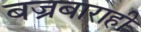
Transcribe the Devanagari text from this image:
बज्रबाराही